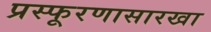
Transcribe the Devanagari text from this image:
प्रस्फूरणासारखा